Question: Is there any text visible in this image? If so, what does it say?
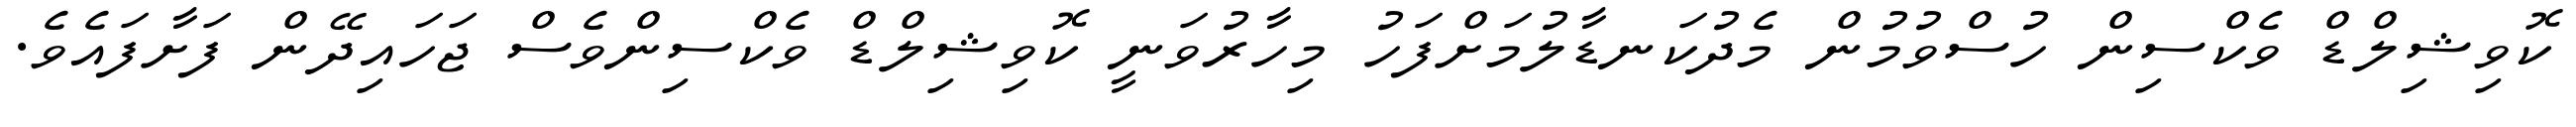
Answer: ކޮވިޝިލްޑް ވެކްސިން ހުސްވުމުން މެދުކަނޑާލުމަށްފަހު މިހާރުވަނީ ކޮވިޝިލްޑް ވެކްސިންވެސް ޖަހައިދޭން ފަށާފައެވެ.